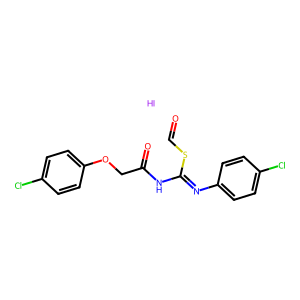
SMILES: I.O=CSC(=Nc1ccc(Cl)cc1)NC(=O)COc1ccc(Cl)cc1
Inhibits HIV replication: No